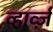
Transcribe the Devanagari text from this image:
व्हार्व्ज़